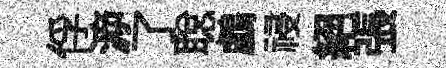
俘㴑了聪鸕祲絕張